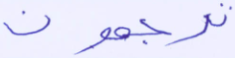
ترجعون